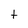
Character: t